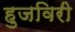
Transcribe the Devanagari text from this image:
हुजविरी